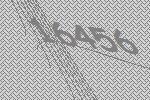
16456